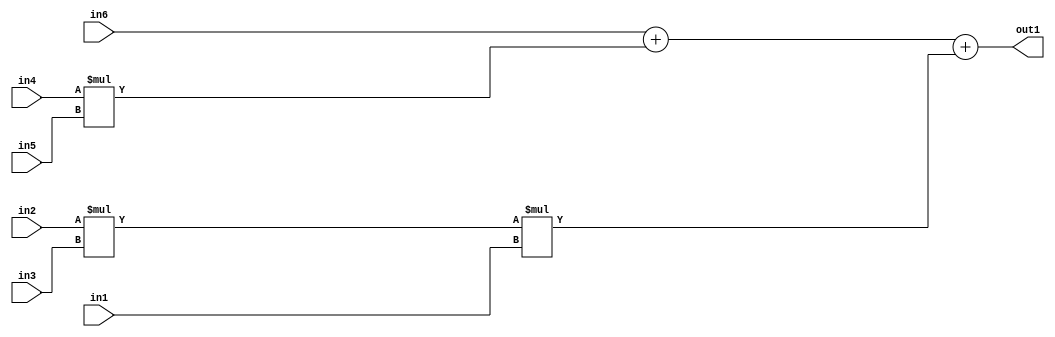
`timescale 1ps / 1ps
/*****************************************************************************
    Verilog RTL Description
    
    
    Created by: Stratus DpOpt 2019.1.01 
*******************************************************************************/

module st_weight_addr_gen_Add3Mul3u16u16u16Mul2u16u16u16_4_10 (
	in6,
	in5,
	in4,
	in3,
	in2,
	in1,
	out1
	); /* architecture "behavioural" */ 
input [15:0] in6,
	in5,
	in4,
	in3,
	in2,
	in1;
output [31:0] out1;
wire [31:0] asc001,
	asc002;

assign asc002 = 
	+(in2 * in3);

wire [31:0] asc001_tmp_0;
wire [31:0] asc001_tmp_1;
assign asc001_tmp_1 = 
	+(in6);
assign asc001_tmp_0 = asc001_tmp_1
	+(in4 * in5);
assign asc001 = asc001_tmp_0
	+(asc002 * in1);

assign out1 = asc001;
endmodule

/* CADENCE  v7T4Sw8= : u9/ySgnWtBlWxVPRXgAZ4Og= ** DO NOT EDIT THIS LINE ******/